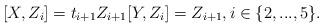
LaTeX: \begin{align*} [X,Z_i] = t_{i+1} Z_{i+1} [Y,Z_i] = Z_{i+1}, i \in \{2,...,5\}. \end{align*}